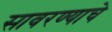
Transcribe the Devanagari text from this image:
सावरण्याचे